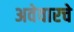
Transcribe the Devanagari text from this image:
अवेवारचे